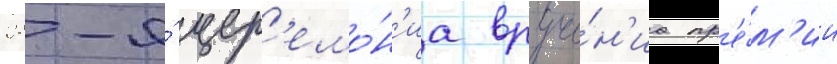
28-я́ цер'емо́н'иа вруче́н'иа пр'е́м'ии